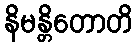
နိမန္တိတောတိ